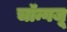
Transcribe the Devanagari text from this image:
चॉन्गजू